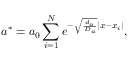
a ^ { * } = a _ { 0 } \sum _ { i = 1 } ^ { N } e ^ { - \sqrt { \frac { d _ { a } } { D _ { a } } } \left| x - x _ { i } \right| } ,